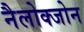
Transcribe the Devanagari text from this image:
नैलोक्जोन